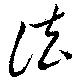
法